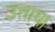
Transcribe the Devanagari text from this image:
उताया